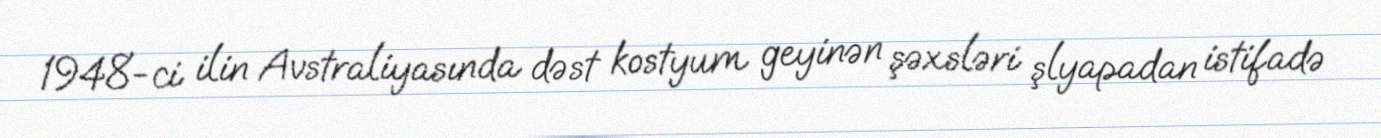
1948-ci ilin Avstraliyasında dəst kostyum geyinən şəxsləri şlyapadan istifadə